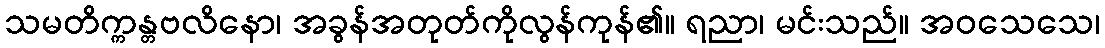
သမတိက္ကန္တဗလိနော၊ အခွန်အတုတ်ကိုလွန်ကုန်၏။ ရညာ၊ မင်းသည်။ အဝသေသေ၊